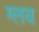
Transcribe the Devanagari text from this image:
ग्लव